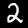
Digit: 2